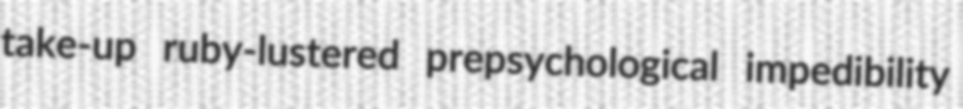
take-up ruby-lustered prepsychological impedibility